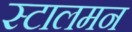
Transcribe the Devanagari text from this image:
स्टालमन